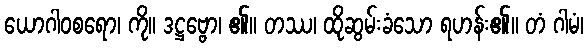
ယောဂါဝစရော၊ ကို။ ဒဋ္ဌဗ္ဗော၊ ၏။ တဿ၊ ထိုဆွမ်းခံသော ရဟန်း၏။ တံ ဂါမံ၊